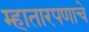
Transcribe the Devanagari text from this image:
म्हातारपणाचे